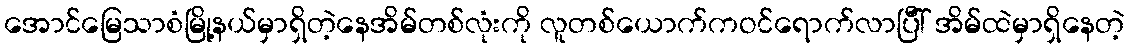
အောင်မြေသာစံမြို့နယ်မှာရှိတဲ့နေအိမ်တစ်လုံးကို လူတစ်ယောက်ကဝင်ရောက်လာပြီါ် အိမ်ထဲမှာရှိနေတဲ့